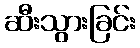
ဆီးသွားခြင်း